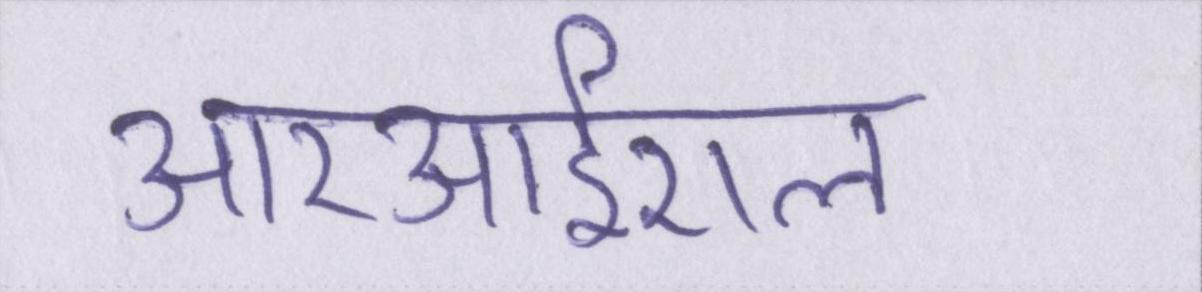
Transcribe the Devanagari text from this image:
आरआईएल